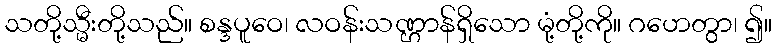
သတို့သ္မီးတို့သည်။ စန္ဒပူဝေ၊ လဝန်းသဏ္ဌာန်ရှိသော မုံ့တို့ကို။ ဂဟေတွာ၊ ၍။